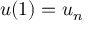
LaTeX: u ( 1 ) = u _ { n }